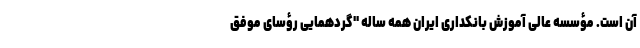
آن است. مؤسسه عالی آموزش بانکداری ایران همه ساله "گردهمایی رؤسای موفق